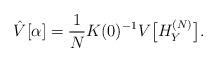
LaTeX: \begin{align*}\hat{V}[\alpha]=\frac{1}{N}K(0)^{-1}V\bigl[H_Y^{(N)}\bigr].\end{align*}